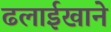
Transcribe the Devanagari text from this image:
ढलाईखाने